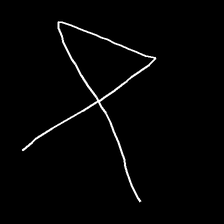
Glyph: collection